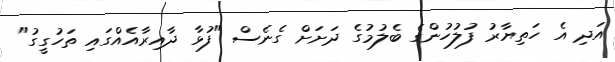
އަދި އެ ހަތިޔާރު ފުލުހުންގެ ބެލުމުގެ ދަށަށް ގެނެސް "ފުޅާ ދާއިރާއެއްގައި ތަހުގީގު"